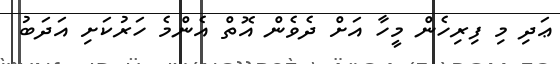
ޢަދި މި ފިރިހެން މީހާ އަށް ދެވެން އޮތް އެންމެ ހަރުކަށި އަދަބު